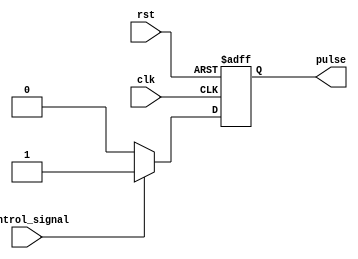
module variable_pulse_width_generator (
    input wire clk,
    input wire rst,
    input wire control_signal,
    output reg pulse
);

reg [7:0] pulse_width;

always @(posedge clk or posedge rst) begin
    if (rst) begin
        pulse_width <= 8'b00000000; // Initialize pulse width to 0
        pulse <= 1'b0; // Set output pulse to low
    end else begin
        if (control_signal) begin
            pulse_width <= pulse_width + 1; // Increment pulse width
            pulse <= 1'b1; // Set output pulse to high
        end else begin
            pulse <= 1'b0; // Set output pulse to low
        end
    end
end

endmodule